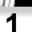
Digit: 1